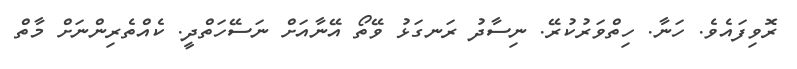
ރޮވިފައެވެ. ހަނާ. ހިތްވަރުކުރޭ. ނިސާދު ރަނގަޅު ވޭތޯ އޭނާއަށް ނަސޭހަތްދީ. ކެއްތެރިންނަށް މާތް